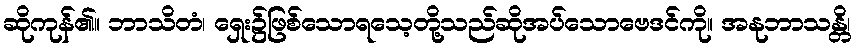
ဆိုကုန်၏။ ဘာသိတံ၊ ရှေး၌ဖြစ်သောရသေ့တို့သည်ဆိုအပ်သောဗေဒင်ကို။ အနုဘာသန္တိ၊